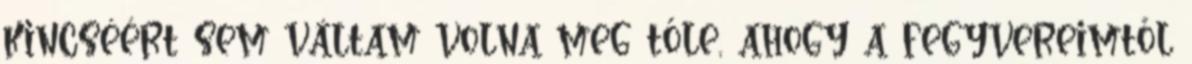
kincséért sem váltam volna meg tőle, ahogy a fegyvereimtől